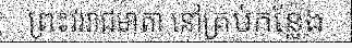
ព្រះវររាជមាតា នៅគ្រប់កន្លែង